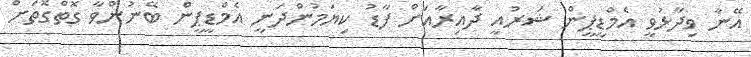
އޭނާ ވިދާޅުވީ އެމްޑީޕީން ޝަރުއީ ދާއިރާއަށް ފާޑު ކިޔަމުންދަނީ އެމްޑީޕީން ބޭނުންވާ ގޮތްގޮތަށް